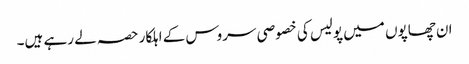
ان چھاپوں میں پولیس کی خصوصی سروس کے اہلکار حصہ لے رہے ہیں۔